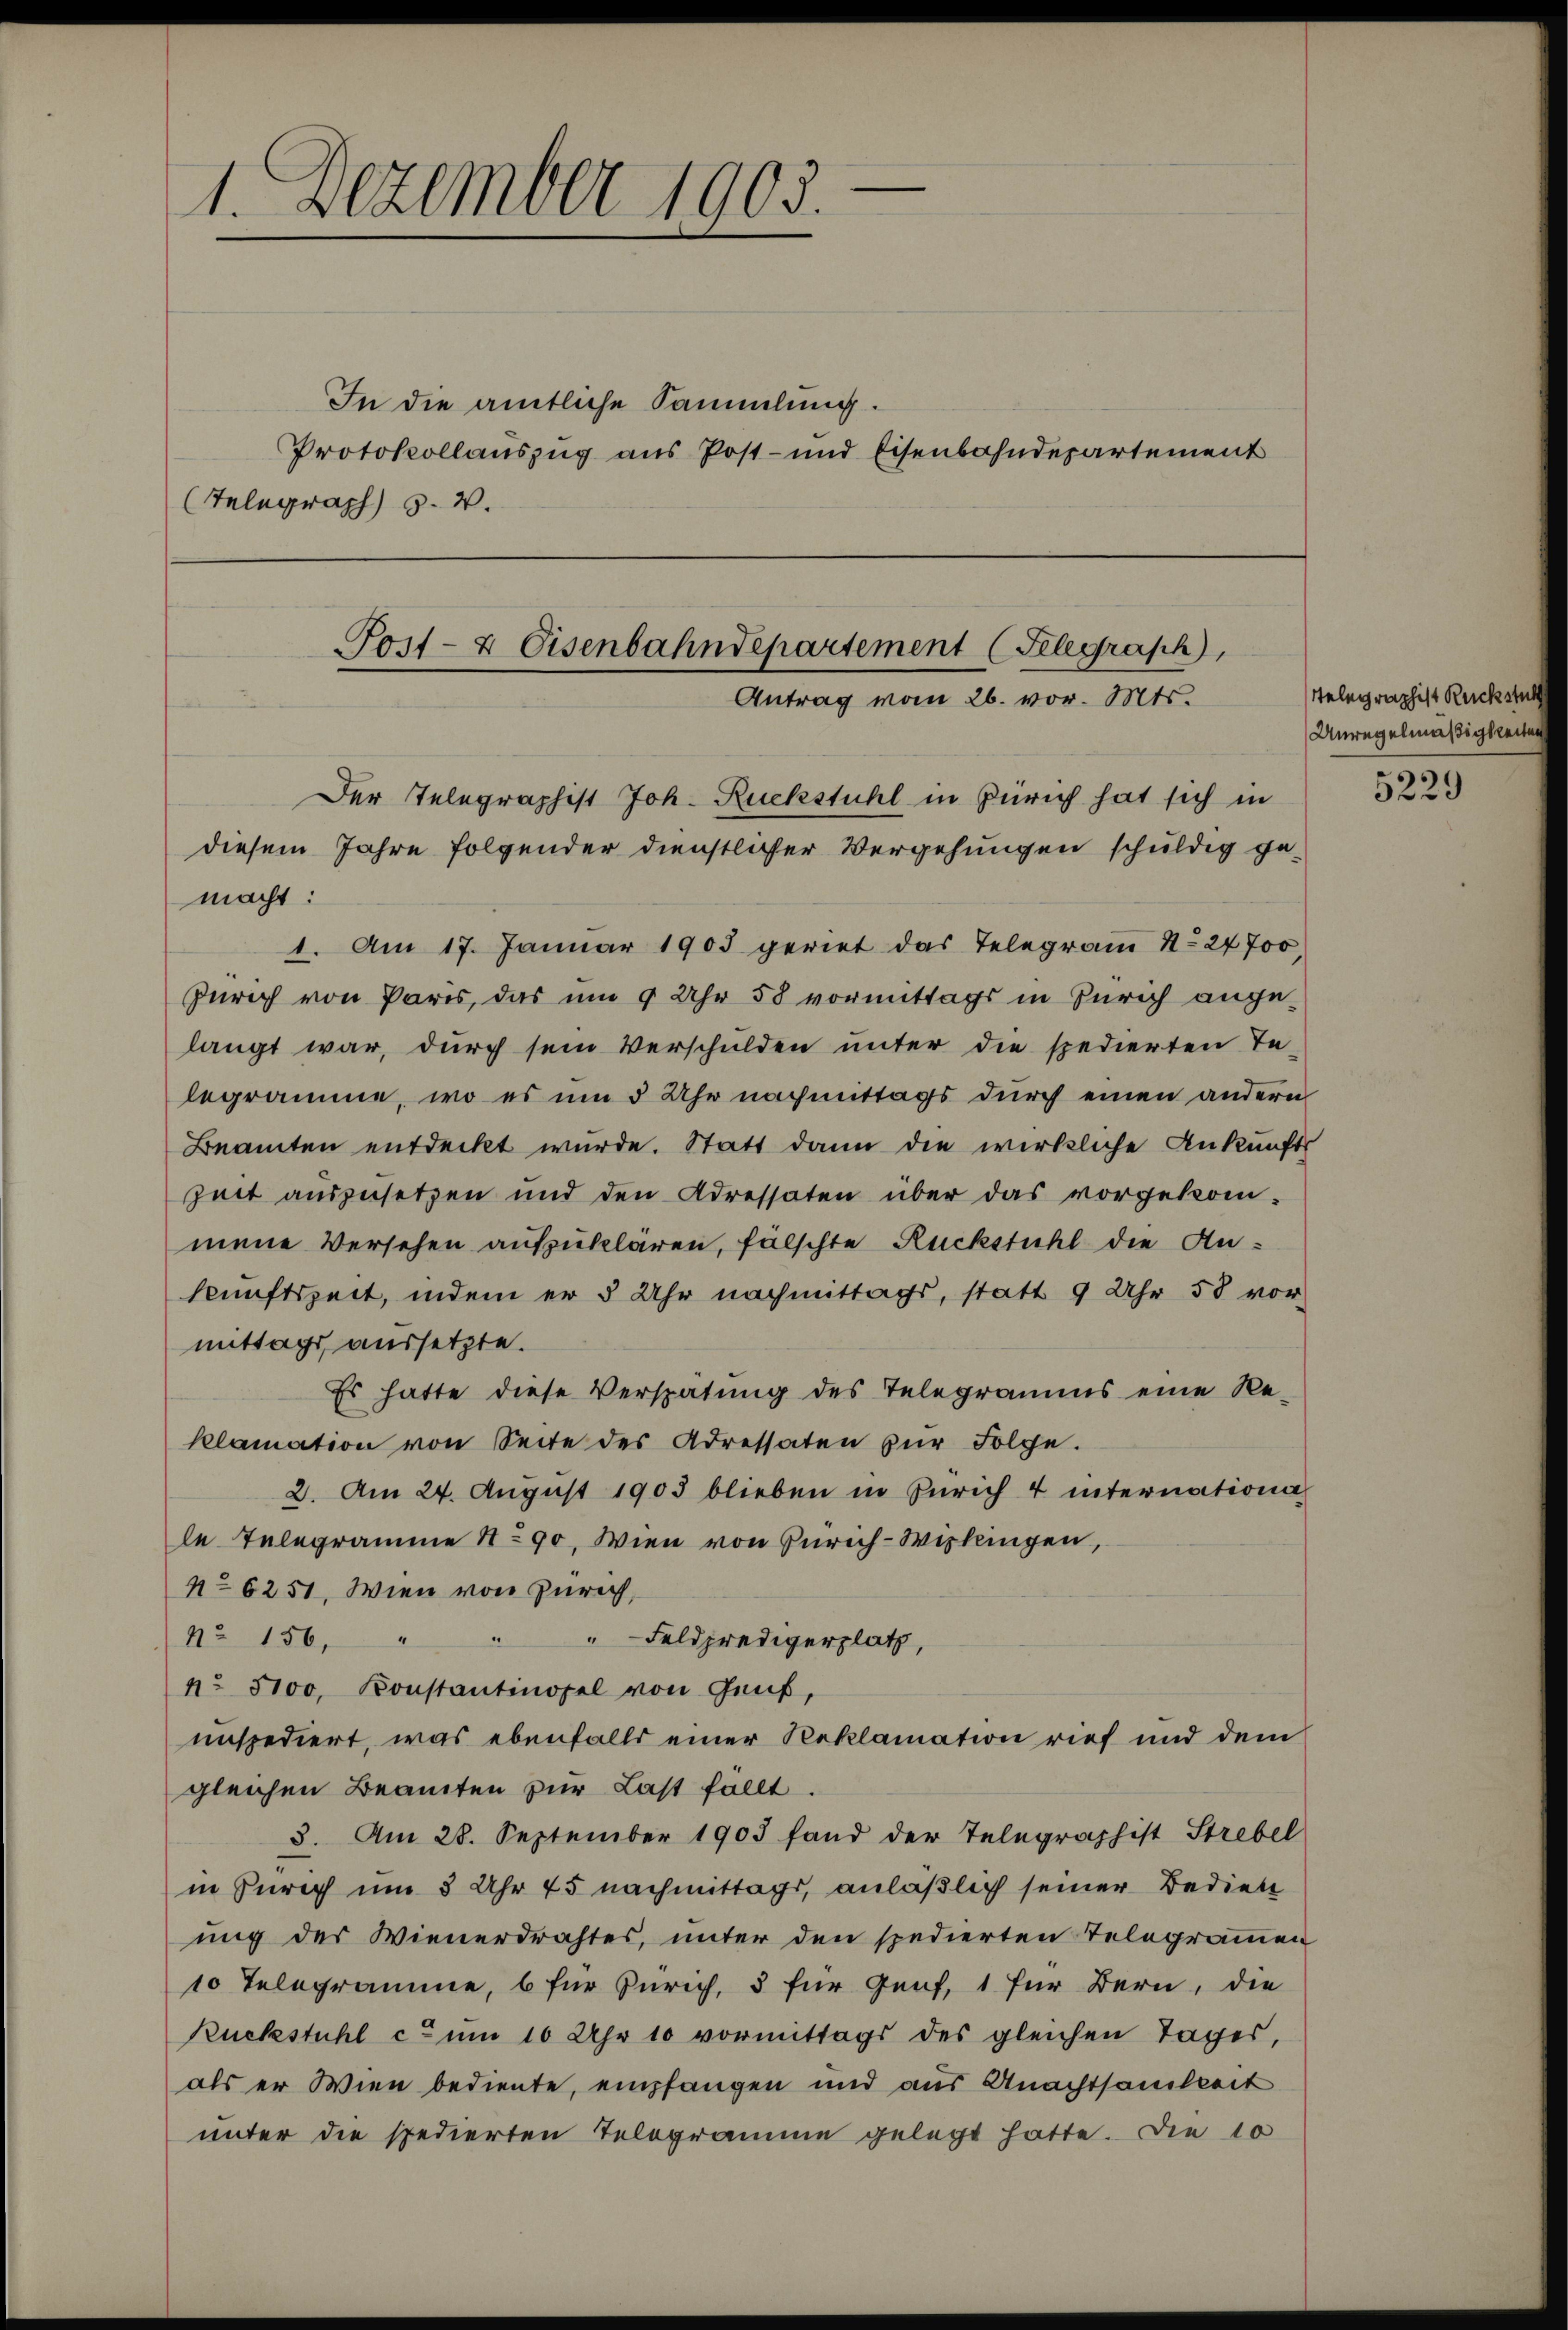
1. Dezember 1903.

Telegraph s. v.

In die amtliche Sammlung.
Protokollauszug aus Post- und Eisenbahndepartement

Post- & Eisenbahndepartement (Telegraph,
Antrag vom 26. vor. Mts.
Der Telegraphist Joh. Ruckstuhl in Zürich hat sich in
diesem Jahre folgender dienstlicher Vergehungen schuldig gemacht:

1. Am 17. Januar 1903 geriet das Telegram 1. 24700,
Zürich von Paris, das um 9 Uhr 58 vormittags in Zürich angelangt war, durch sein Verschulden unter die spedierten Te-
legramme, wo es um 5 Uhr nachmittags durch einen andern
Beamten entdeckt wurde. Statt dann die wirkliche Ankunfts
Zeit auszusetzen und den Adressaten über das vorgekom-
mene Versehen aufzuklären, fälschte Rückstuhl die Ankunftszeit, indem er 5 Uhr nachmittags, statt 9 Uhr 58 vor-
mittags, aussetzte.
Es hatte diese Verspätung des Telegramms eine Re-
klamation von Seite des Adressaten zŭr Folge.
2. Am 24. August 1903 blieben in Zürich 4 internationa
le Telegramme 190. Wien von Zürich-Wipkingen,
No 6251. Wien von Zürich,
.
" Feldpredigerplatz,
N° 156,
No 5100, Konstantinopel von Genf,
enspediert, was ebenfalls einer Reklamation rief und dem
gleichen Beamten zur Last fällt.
3. Am 28. September 1903 fand der Telegraphist Strebel
in Zürich um 8 Uhr 45 nachmittags, anläßlich seiner Bediet
ung des Wienerdrahtes, unter den spedierten Telegrammen
10 Telegramme, b für Zürich, 5 für Genf, 1 für Bern, die
Ruckstuhl c. um 10 Uhr 10 vormittags des gleichen Tages,
als er Wien bediente, empfangen und aus Anachtsamkeit
unter die spedierten Telogramme gelegt hatte. Die 10

Telegraphist Rückstuh
Unregelmäßigkeiten

5229